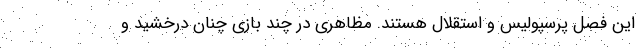
این فصل پرسپولیس و استقلال هستند. مظاهری در چند بازی چنان درخشید و